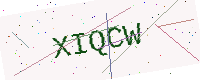
Text: XIQCW